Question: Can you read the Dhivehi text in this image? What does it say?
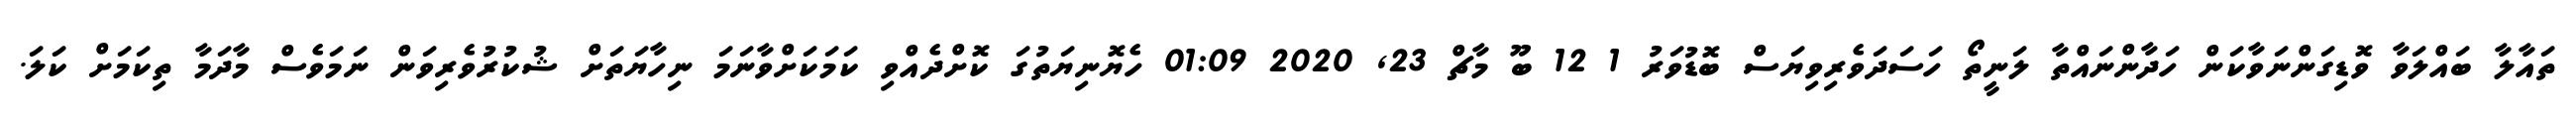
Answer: ތައާލާ ބައްލަވާ ވޮޑިގަންނަވާކަން ހަދާންނައްތާ ލަނީތޯ ހަސަދަވެރިވިޔަސް ބޮޑުވަރު 1 12 ބޫ މާޗް 23, 2020 01:09 ހެޔޮނިޔަތުގަ ކޮށްދެއްވި ކަމަކަށްވާނަމަ ނިހާޔަތަށް ޝުކުރުވެރިވަން ނަމަވެސް މާދަމާ ތިކަމަށް ކަލަ.